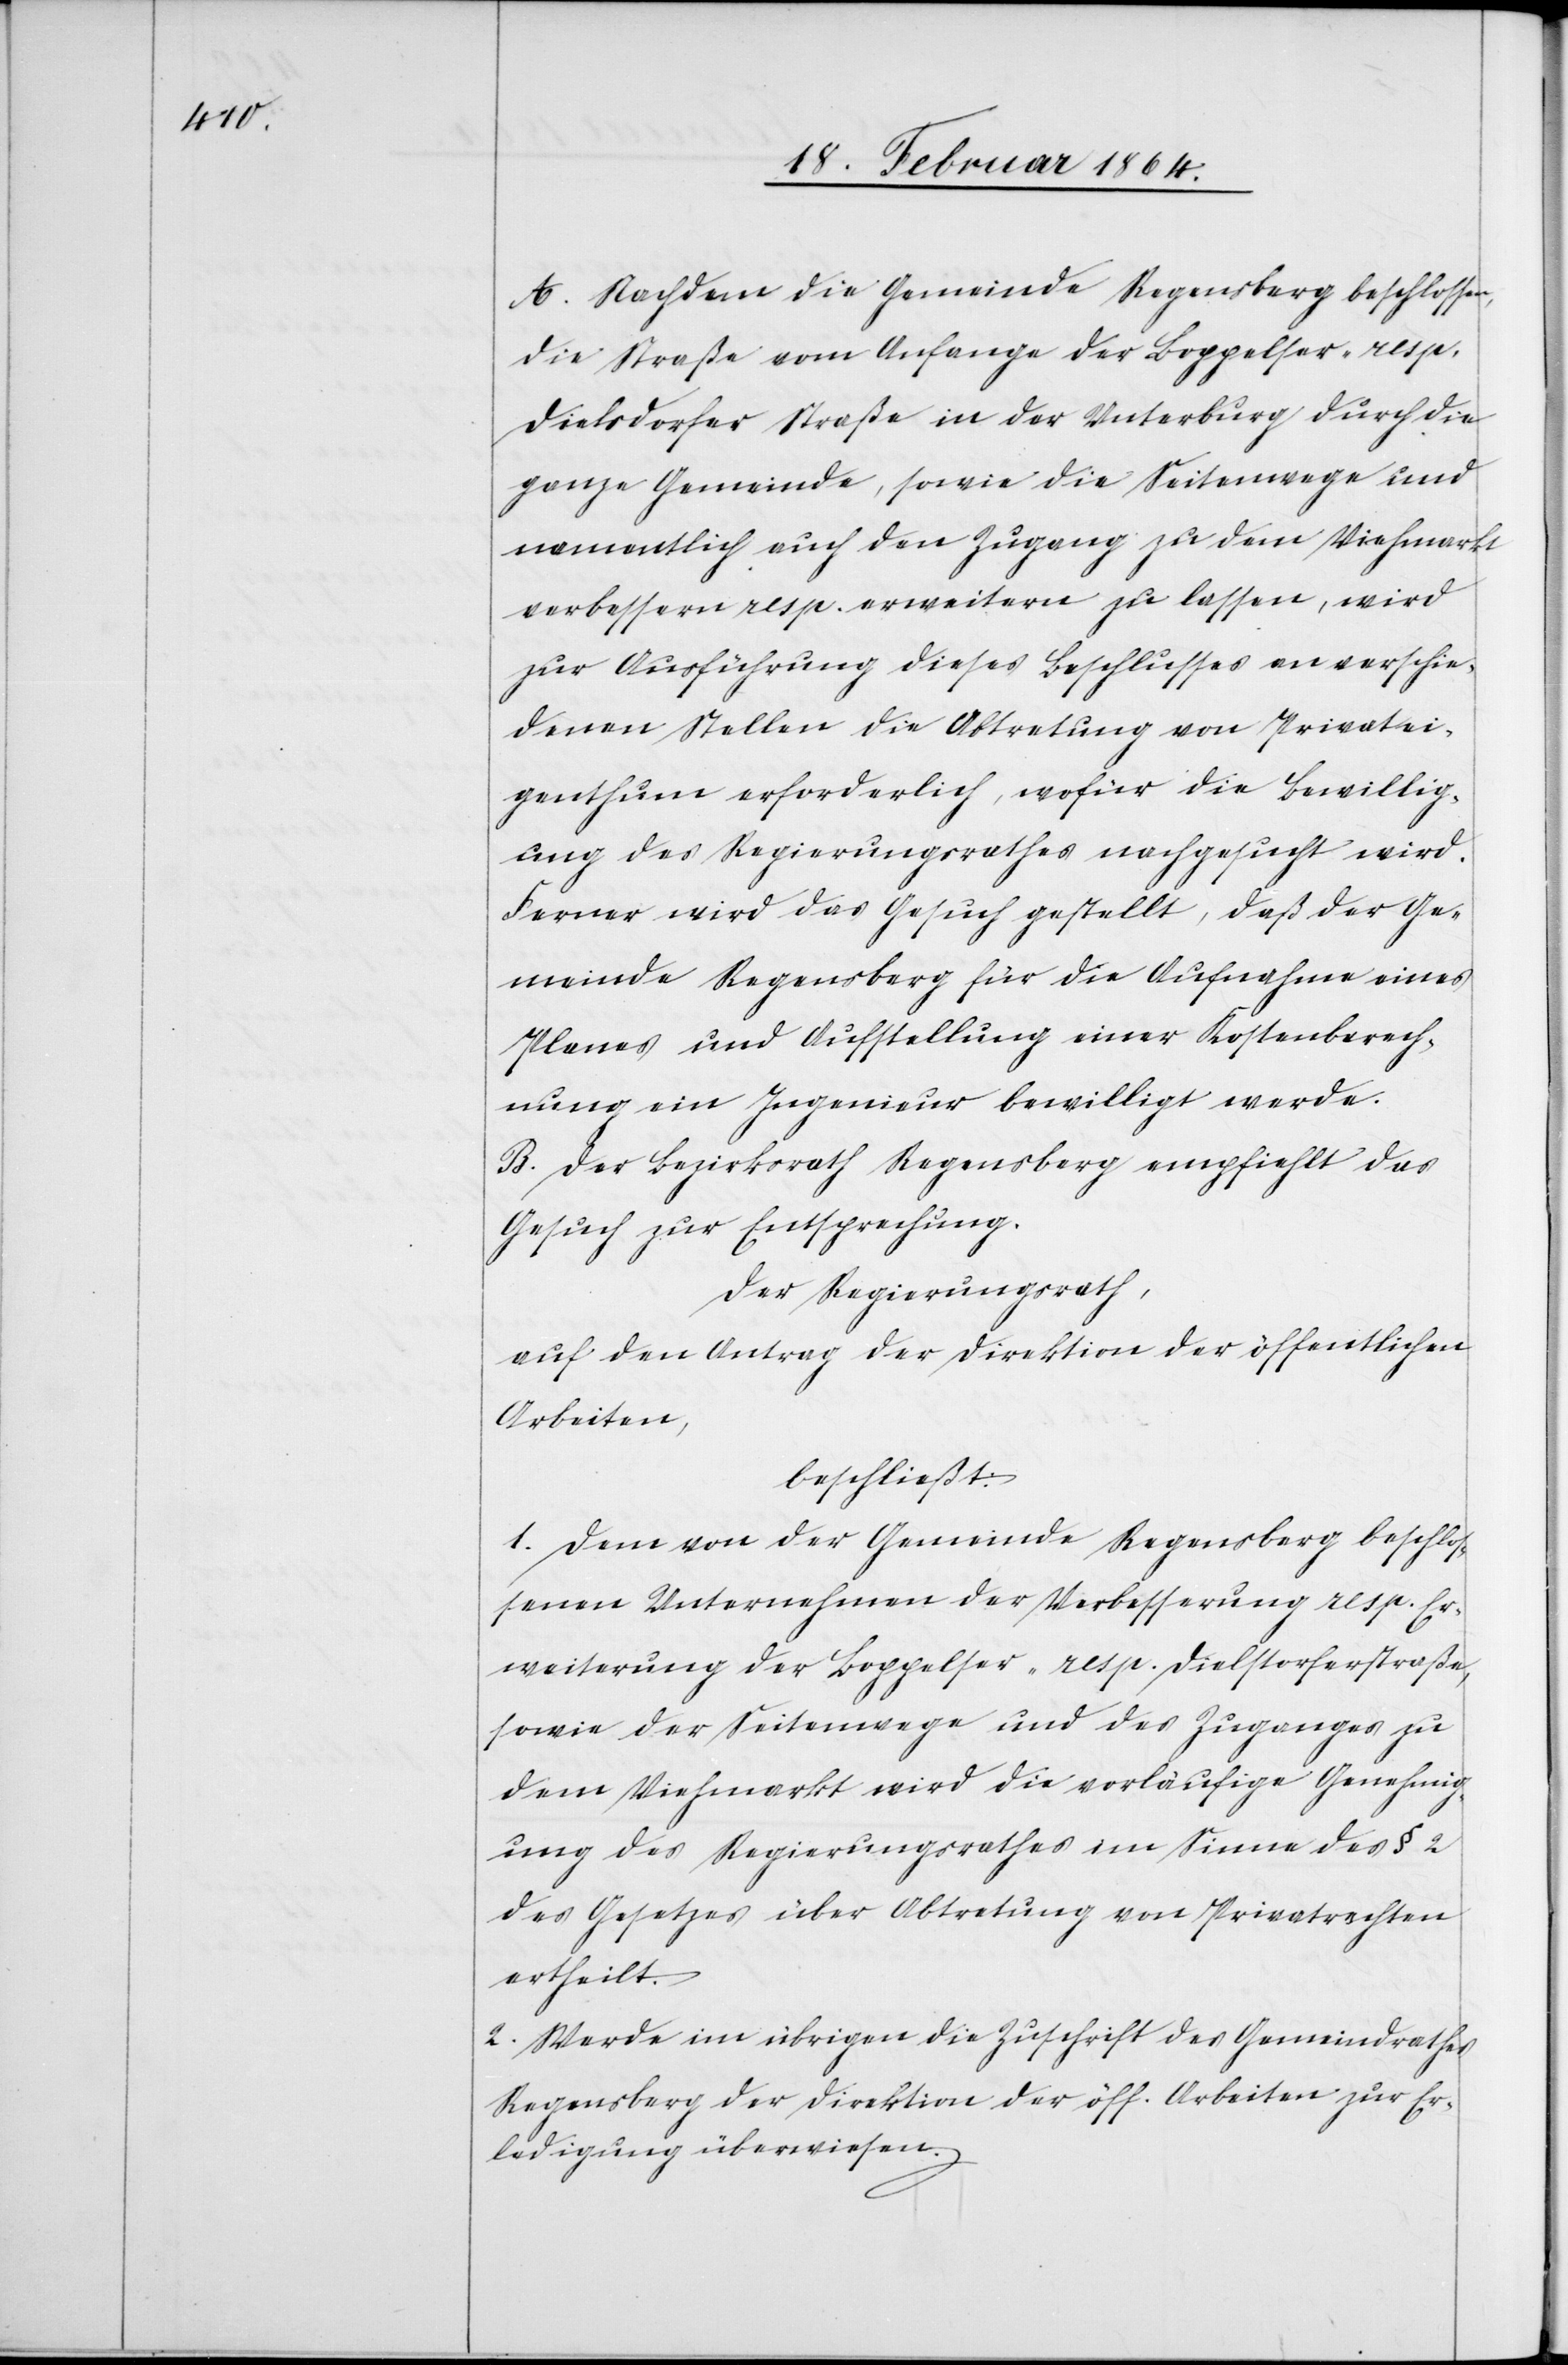
A. Nachdem die Gemeinde Regensberg beschlossen,
die Straße vom Anfange der Boppelser- resp.
Dielsdorfer Straße in der Unterburg durch die
ganze Gemeinde, sowie die Seitenwege und
namentlich auch den Zugang zu dem Viehmarkt
verbessern resp. erweitern zu lassen, wird
zur Ausführung dieses Beschlusses an verschie¬
denen Stellen die Abtretung von Privatei¬
genthum erforderlich, wofür die Bewillig¬
ung des Regierungsrathes nachgesucht wird.
Ferner wird das Gesuch gestellt, daß der Ge¬
meinde Regensberg für die Aufnahme eines
Planes und Aufstellung einer Kostenberech¬
nung ein Ingenieur bewilligt werde.
B. Der Bezirksrath Regensberg empfiehlt das
Gesuch zur Entsprechung.
Der Regierungsrath,
auf den Antrag der Direktion der öffentlichen
Arbeiten,
beschließt:
1. Dem von der Gemeinde Regensberg beschlos¬
senen Unternehmen der Verbesserung resp. Er¬
weiterung der Boppelser- resp. Dielstorferstraße,
sowie der Seitenwege und des Zuganges zu
dem Viehmarkt wird die vorläufige Genehmig¬
ung des Regierungsrathes um Sinne des § 2
des Gesetzes über Abtretung von Privatrechten
ertheilt.
2. Werde im übrigen die Zuschrift des Gemeindrathes
Regensberg der Direktion der öff. Arbeiten zur Er¬
ledigung überwiesen.